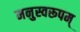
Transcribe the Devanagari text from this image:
मनुस्वरूपम्